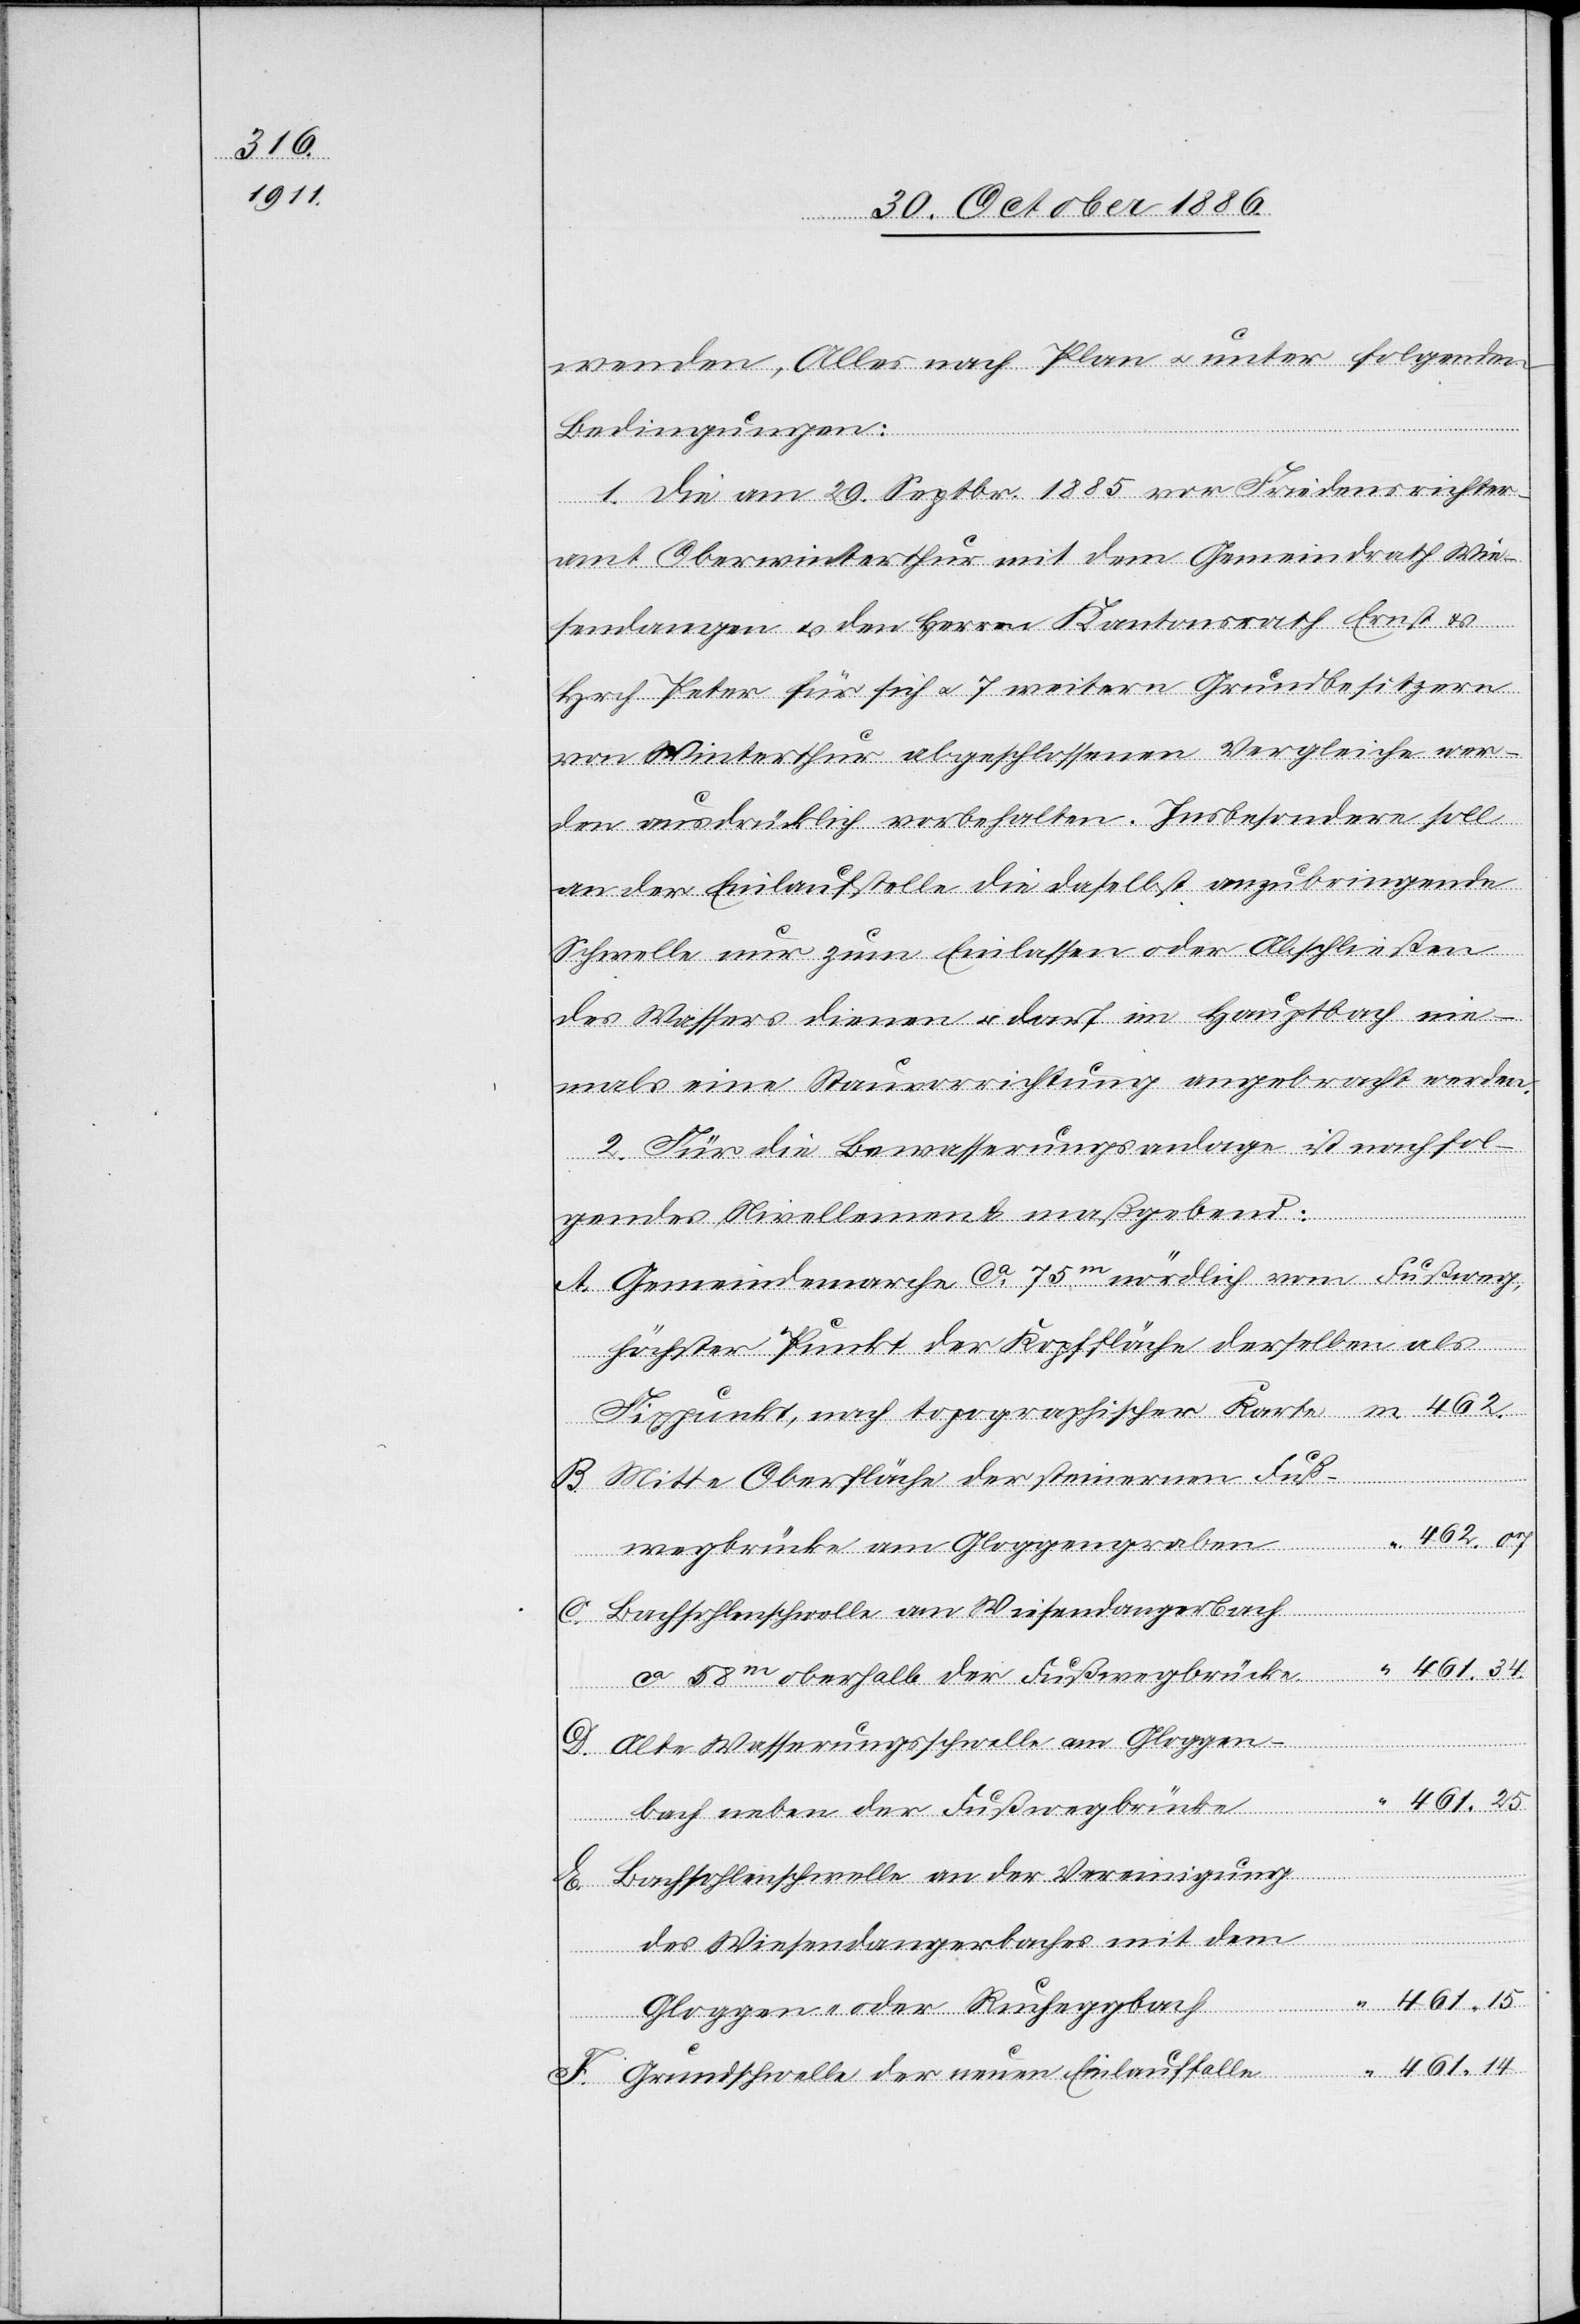
461.15

wenden, Alles nach Plan & unter folgenden
Bedingungen:
1. Die am 29. Septbr. 1885 vor Friedensrichter¬
amt Oberwinterthur mit dem Gemeindrath Wie¬
sendangen & den Herren Kantonsrath Ernst &
Hrch. Peter für sich & 7 weitern Grundbesitzern
von Winterthur abgeschlossenen Vergleiche wer¬
den ausdrücklich vorbehalten. Insbesondere soll
an der Einlaufstelle die daselbst anzubringende
Schwelle nur zum Einlassen oder Abschließen
des Wassers dienen & darf im Hauptbach nie¬
mals eine Stauvorrichtung angebracht werden.
2. Für die Bewasserungsanlage [sic!] ist nachfol¬
F.
gendes Nivellement maßgebend:
Gemeindemarche ca 75m nördlich vom Fußweg,
höchster Punkt der Kopffläche derselben als
Fixpunkt, nach topographischer Karte
B.
Mitte Oberfläche der steinernen Fuß¬
wegbrücke am Gloggengraben
Bachsohlenschwelle am Wiesendangerbach
461.34
ca 58m oberhalb der Fußwegbrücke
E.
Alte Wasserungsschwelle [sic!] am Gloggen¬
461.25
bach neben der Fußwegbrücke
Bachsohlenschwelle an der Vereinigung
des Wiesendangerbaches mit dem
Gloggen- oder Rucheggbach
Grundschwelle der neuen Einlauffalle